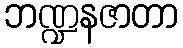
ဘဏ္ဍနဇာတာ